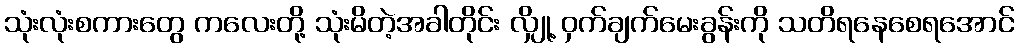
သုံးလုံးစကားတွေ ကလေးတို့ သုံးမိတဲ့အခါတိုင်း လျှို့ ဝှက်ချက်မေးခွန်းကို သတိရနေစေရအောင်